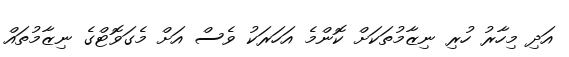
އަދި މިހާރު ހުރި ނިޒާމުތަކަށް ކޮންމެ އަހަރަކު ވެސް އަށް މެގަވޮޓްގެ ނިޒާމުތައް